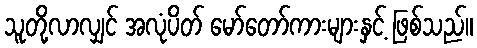
သူတို့လာလျှင် အလုံပိတ် မော်တော်ကားများနှင့် ဖြစ်သည်။